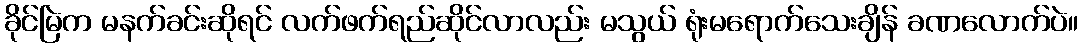
ခိုင်မြဲက မနက်ခင်းဆိုရင် လက်ဖက်ရည်ဆိုင်လာလည်း မသွယ် ရုံးမရောက်သေးချိန် ခဏလောက်ပဲ။